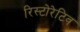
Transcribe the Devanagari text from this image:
रिस्टोरेटिव